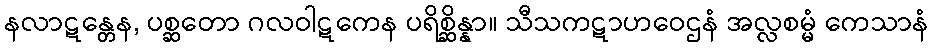
နလာဋန္တေန, ပစ္ဆတော ဂလဝါဋကေန ပရိစ္ဆိန္နာ။ သီသကဋာဟဝေဌနံ အလ္လစမ္မံ ကေသာနံ